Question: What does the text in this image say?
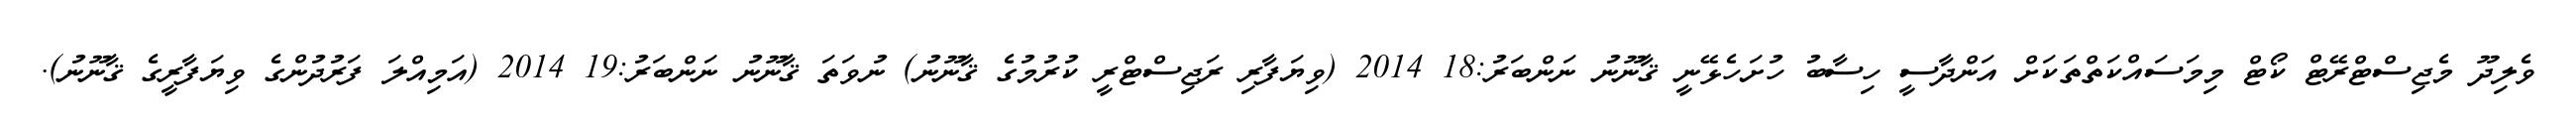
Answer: ވެލިދޫ މެޖިސްޓްރޭޓް ކޯޓް މިމަސައްކަތްތަކަށް އަންދާސީ ހިސާބު ހުށަހެޅޭނީ ޤާނޫނު ނަންބަރު:18 2014 (ވިޔަފާރި ރަޖިސްޓްރީ ކުރުމުގެ ޤާނޫނު) ނުވަތަ ޤާނޫނު ނަންބަރު:19 2014 (އަމިއްލަ ފަރުދުންގެ ވިޔަފާރީގެ ޤާނޫނު).